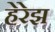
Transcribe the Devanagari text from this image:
हेरेझ